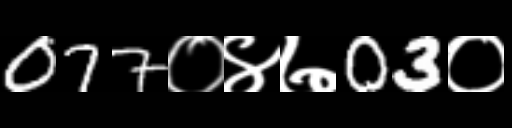
Text: 077०४७03०